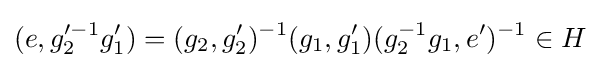
(e,g_{2}'^{-1}g_{1}')=(g_{2},g_{2}')^{-1}(g_{1},g_{1}')(g_{2}^{-1}g_{1},e')^{-1}\in H